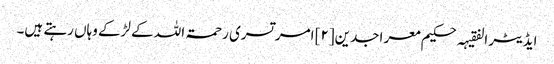
ایڈیٹر الفقیہہ حکیم معر اجدین[۲] امر تسری رحمۃ اللہ کے لڑکے وہاں رہتے ہیں۔